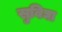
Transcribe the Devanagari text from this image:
सुविघा